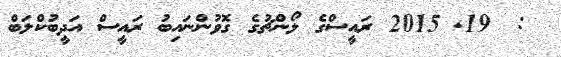
:  19